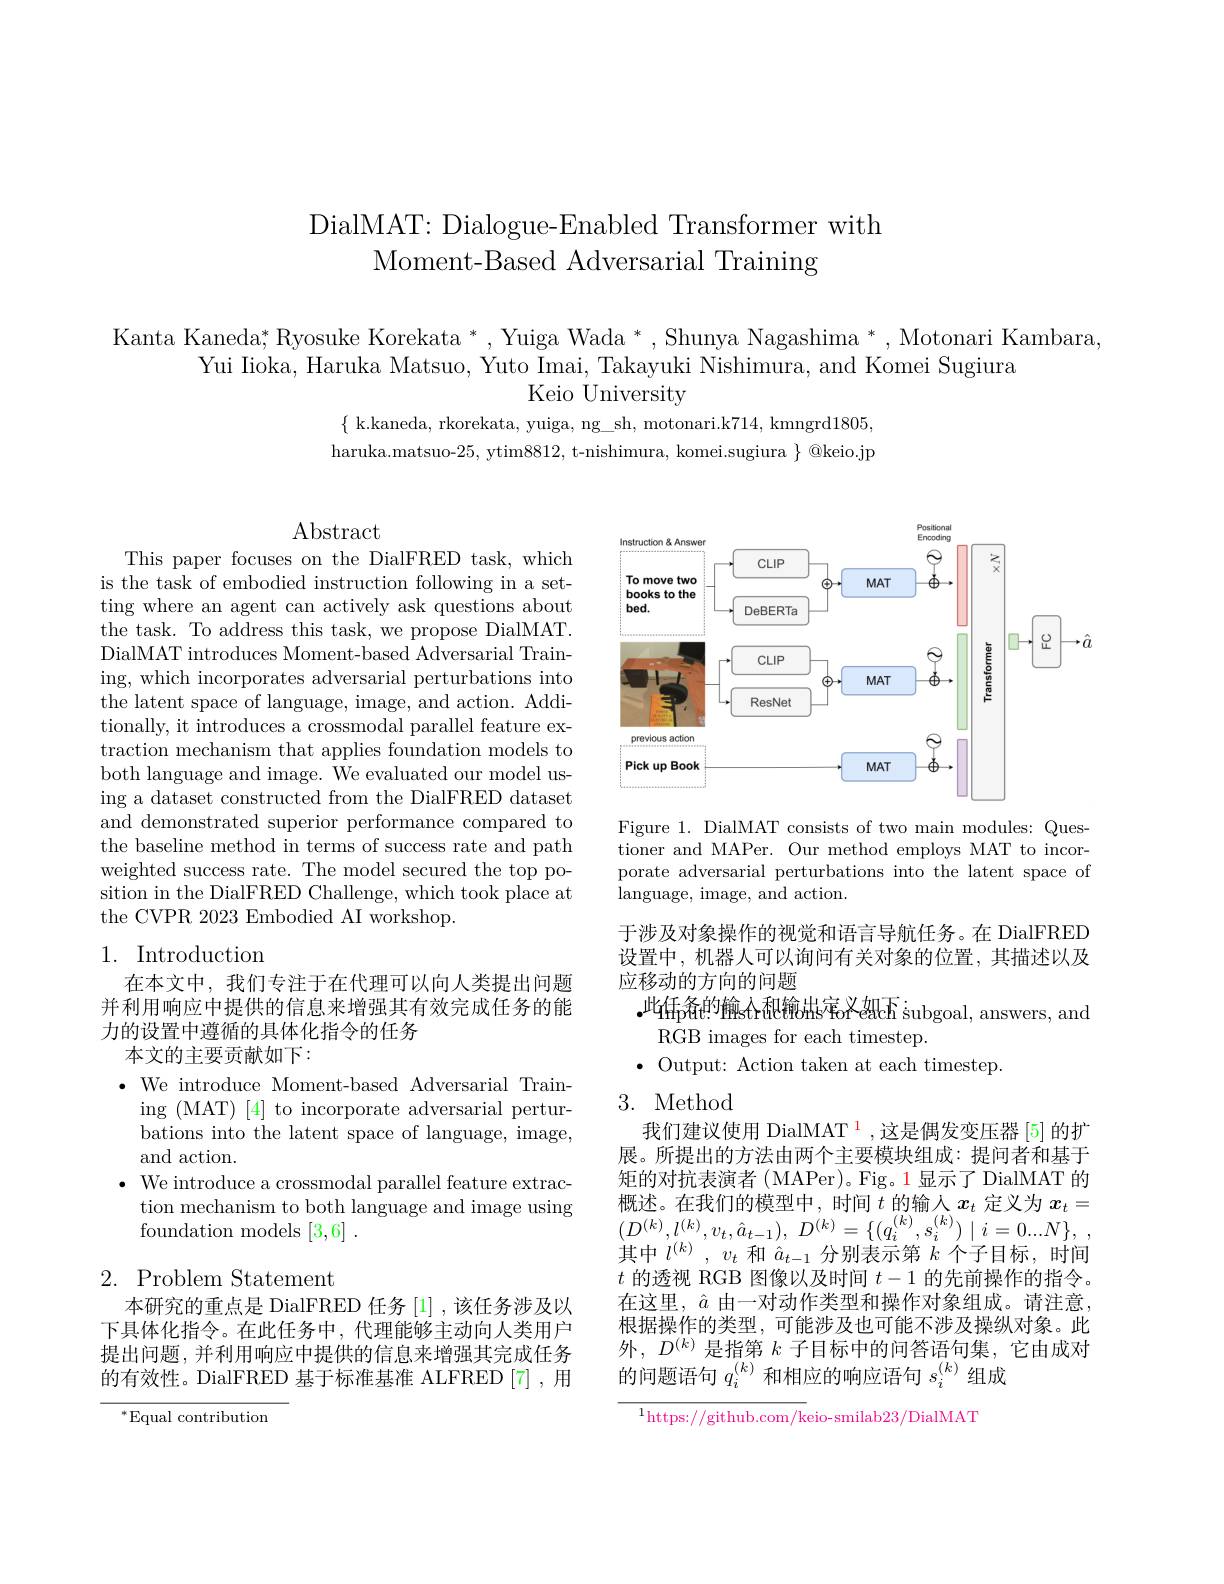
DialMAT: Dialogue-Enabled Transformer with
Moment-Based Adversarial Training

Kanta Kaneda; Ryosuke Korekata *, Yuiga Wada *, Shunya Nagashima *, Motonari Kambara,
Yui Iioka, Haruka Matsuo, Yuto Imai, Takayuki Nishimura, and Komei Sugiura
Keio University

$\{$ k.kaneda, rkorekata, yuiga, ng\_sh, motonari.k714, kmngrd1805, haruka.matsuo-25, ytim8812, t-nishimura, komei.sugiura $\}$ @keio.jp

Abstract

This paper focuses on the DialFRED task, which is the task of embodied instruction following in a setting where an agent can actively ask questions about the task. To address this task, we propose DialMAT. DialMAT introduces Moment-based Adversarial Training, which incorporates adversarial perturbations into the latent space of language, image, and action. Additionally, it introduces a crossmodal parallel feature extraction mechanism that applies foundation models to both language and image. We evaluated our model using a dataset constructed from the DialFRED dataset and demonstrated superior performance compared to the baseline method in terms of success rate and path weighted success rate. The model secured the top position in the DialFRED Challenge, which took place at the CVPR 2023 Embodied AI workshop.

# 1. Introduction

在本文中，我们专注于在代理可以向人类提出问题并利用响应中提供的信息来增强其有效完成任务的能力的设置中遵循的具体化指令的任务
本文的主要贡献如下：

$\bullet$ We introduce Moment-based Adversarial Train-
ing (MAT) [4] to incorporate adversarial perturbations into the latent space of language, image, and action.
$\bullet$ We introduce a crossmodal parallel feature extrac-
tion mechanism to both language and image using
foundation models [3,6] .

## $2.{\mathrm{~Problem~Statement}}$

本研究的重点是 DialFRED 任务 [1] ,该任务涉及以下具体化指令。在此任务中，代理能够主动向人类用户提出问题，并利用响应中提供的信息来增强其完成任务的有效性。DialFRED 基于标准基准 ALFRED[7],用

$^{*}$Equal contribution

<FigureHere>

Figure 1. DialMAT consists of two main modules: Questioner and MAPer. Our method employs MAT to incorporate adversarial perturbations into the latent space of ${\mathrm{language,~image,~and~action.}}$

于涉及对象操作的视觉和语言导航任务。在 DialFRED 设置中，机器人可以询问有关对象的位置，其描述以及应移动的方向的问题
$.此$任p备的输sAratabhsareab isubgoal, answers, and
RGB images for each timestep.
$\bullet$ Output: Action taken at each timestep.

# 3. Method

我们建议使用 DialMAT $^{\color{red}1}$,这是偶发变压器 [5]的扩展。所提出的方法由两个主要模块组成：提问者和基于矩的对抗表演者 (MAPer)。Fig。1显示了 DialMAT 的概述。在我们的模型中，时间$t$的输入$x_t$定义为$x_t=$ $\begin{array}{l}{{(D^{(k)},l^{(k)},v_{t},\hat{a}_{t-1}),~D^{(k)}=\{(q_{i}^{(k)},s_{i}^{(k)})\mid i=0..N\},~,}}\\{{++++++(k)}}\end{array}$ 其中$l^{(k)},v_{t}$和$\hat{a}_{t-1}$分别表示第$k$个子目标，时间$t$的透视 RGB 图像以及时间$t-1$的先前操作的指令。在这里，$\hat{a}$由一对动作类型和操作对象组成。请注意， 根据操作的类型，可能涉及也可能不涉及操纵对象。此外$,D^{(k)}$是指第$k$ 子目标中的问答语句集，它由成对的问题语句$q_i^{(k)}$和相应的响应语句$s_i^{(k)}$组成

$^{1}$https://github.com/keio-smilab23/DialMAT